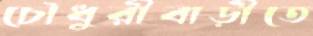
চৌধুরীবাড়ীতে